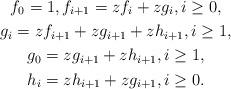
LaTeX: \begin{gather*}f_0=1,f_{i+1}=zf_i+zg_i,i\ge0,\\g_i=zf_{i+1}+zg_{i+1}+zh_{i+1},i\ge1,\\g_0=zg_{i+1}+zh_{i+1},i\ge1,\\h_i=zh_{i+1}+zg_{i+1},i\ge0.\end{gather*}